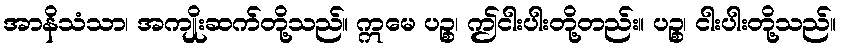
အာနိသံသာ၊ အကျိုးဆက်တို့သည်။ ဣမေ ပဉ္စ၊ ဤငါးပါးတို့တည်း။ ပဉ္စ၊ ငါးပါးတို့သည်။